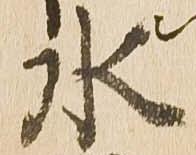
水